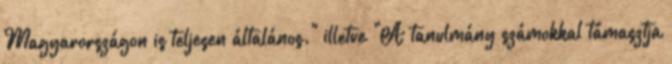
Magyarországon is teljesen általános." illetve "A tanulmány számokkal támasztja